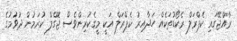
ރާއްޖޭގައި ކެޕްރަލް ރެކޯޑުތަކެއް ހަދާއިރު ކެޕްރަލް އަކީ މީގެކުރިންވެސް ޖޮގްލް ކުރަމުން ދުވުމުގެ